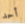
أحد